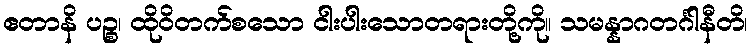
ဧတာနိ ပဉ္စ၊ ထိုဝိတက်စသော ငါးပါးသောတရားတို့ကို။ သမန္နာဂတင်္ဂါနီတိ၊